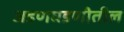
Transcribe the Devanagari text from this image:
जडणघडणीतील